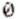
0